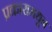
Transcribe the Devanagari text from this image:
प्रकारामधून